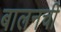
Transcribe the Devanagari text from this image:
बालनची